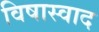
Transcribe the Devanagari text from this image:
विषास्वाद